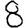
Digit: 8